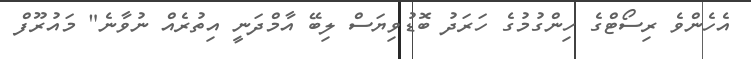
އެހެންވެ ރިސޯޓްގެ ހިންގުމުގެ ހަރަދު ބޮޑުވިޔަސް ލިބޭ އާމްދަނީ އިތުރެއް ނުވާނެ" މައުރޫފް